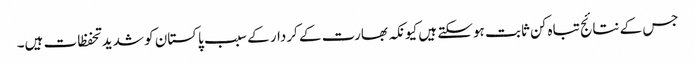
جس کے نتائج تباہ کن ثابت ہوسکتے ہیں کیونکہ بھارت کے کردار کے سبب پاکستان کو شدید تحفظات ہیں۔